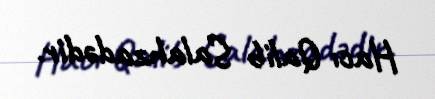
Hacı Qalib Salahzadədir.